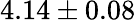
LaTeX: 4.14\pm 0.08